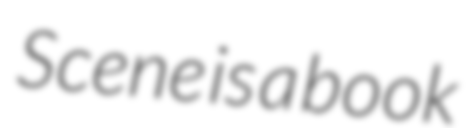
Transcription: Scene is a book